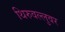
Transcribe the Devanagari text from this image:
थिरुवल्लुवर